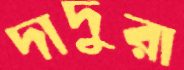
দাদুরা